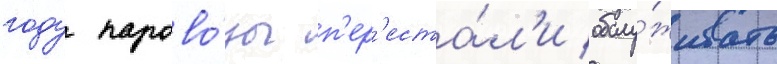
году парово́зы п'ер'еста́л'и обслу́живать